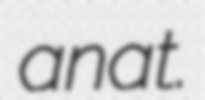
anat.